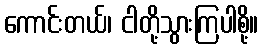
ကောင်းတယ်၊ ငါတို့သွားကြပါစို့။